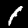
Label: 1